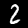
Digit: 2